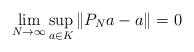
LaTeX: \begin{align*}\lim_{N\to\infty} \sup_{a\in K} \|P_N a -a\|=0\end{align*}